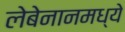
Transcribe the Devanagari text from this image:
लेबेनानमध्ये